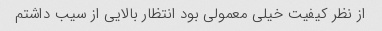
از نظر کیفیت خیلی معمولی بود انتظار بالایی از سیب داشتم